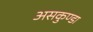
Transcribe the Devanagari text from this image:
असकुण्डा